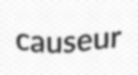
causeur